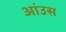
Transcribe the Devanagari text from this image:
आंउस